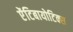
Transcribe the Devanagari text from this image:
ऐंटिबायोटिक्स